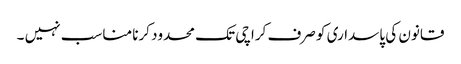
قانون کی پاسداری کو صرف کراچی تک محدود کرنا مناسب نہیں ۔